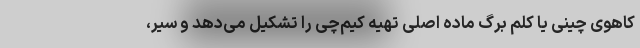
کاهوی چینی یا کلم برگ ماده اصلی تهیه کیم‌چی را تشکیل می‌دهد و سیر،